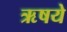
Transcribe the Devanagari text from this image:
ऋषये